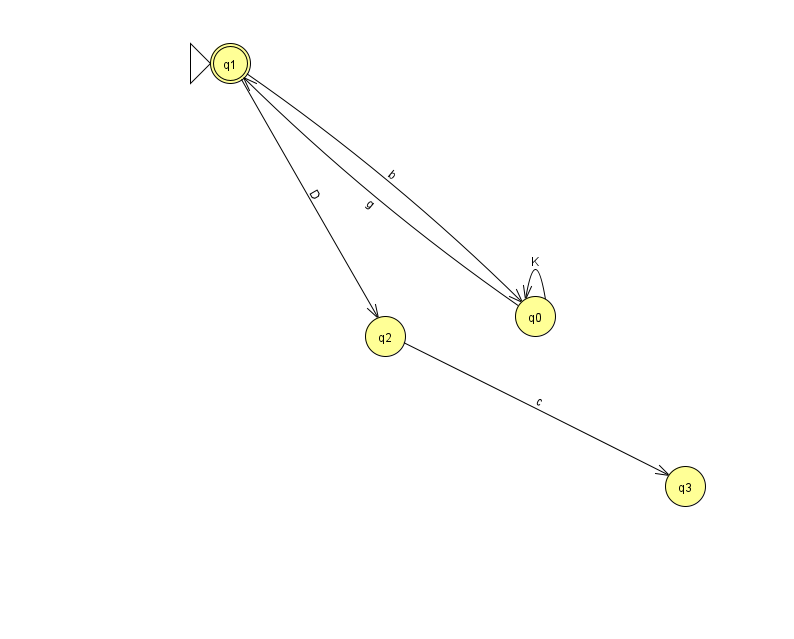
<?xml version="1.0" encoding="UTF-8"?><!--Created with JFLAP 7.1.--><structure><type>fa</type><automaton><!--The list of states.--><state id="0" name="q0"><x>535.0</x><y>303.0</y></state><state id="1" name="q1"><x>230.0</x><y>50.0</y><initial/><final/></state><state id="2" name="q2"><x>385.0</x><y>323.0</y></state><state id="3" name="q3"><x>685.0</x><y>473.0</y></state><!--The list of transitions.--><transition><from>1</from><to>0</to><read>b</read></transition><transition><from>0</from><to>1</to><read>g</read></transition><transition><from>1</from><to>2</to><read>D</read></transition><transition><from>0</from><to>0</to><read>K</read></transition><transition><from>2</from><to>3</to><read>c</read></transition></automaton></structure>